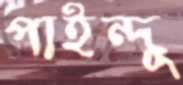
পাইন্দু